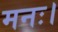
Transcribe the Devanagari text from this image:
मनः।